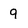
Character: 9